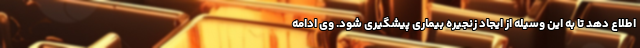
اطلاع دهد تا به این وسیله از ایجاد زنجیره بیماری پیشگیری شود. وی ادامه